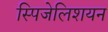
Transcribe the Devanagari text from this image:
स्पिजेलिशयन